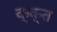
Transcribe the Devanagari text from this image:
क्क्त